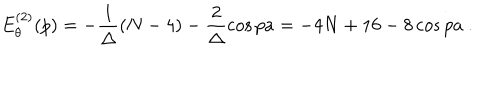
LaTeX: E _ { \theta } ^ { ( 2 ) } ( p ) = - \frac { 1 } { \Delta } ( N - 4 ) - \frac { 2 } { \Delta } \cos p a = - 4 N + 1 6 - 8 \cos p a \ .